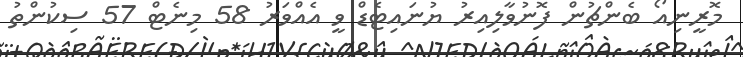
މޮރީނިއޯ ބެންޗުން ފޮނުވާލިއިރު ޔުނައިޓެޑް ވީ އެއްވަރު 58 މިނެޓް 57 ސިކުންތު